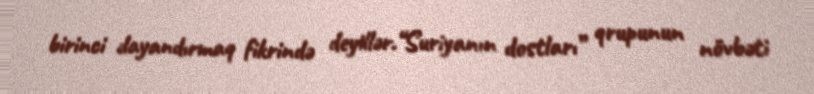
birinci dayandırmaq fikrində deyillər.“Suriyanın dostları” qrupunun növbəti